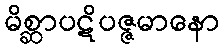
မိစ္ဆာပဋိပဇ္ဇမာနော